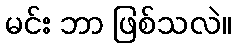
မင်း ဘာ ဖြစ်သလဲ။